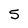
Character: 5